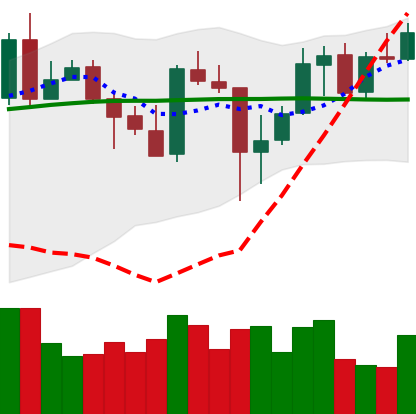
Ticker: XMR-USD
Chart end date: 2020-05-18
Forward return: -4.76%
Label: down_3_5